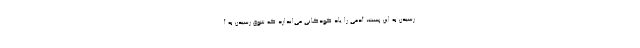
رسیدن به این پست، آدمی را یاد کودکانی می‌اندازد که شوق رسیدن به آ